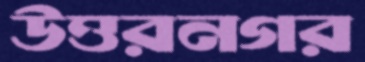
উত্তরনগর